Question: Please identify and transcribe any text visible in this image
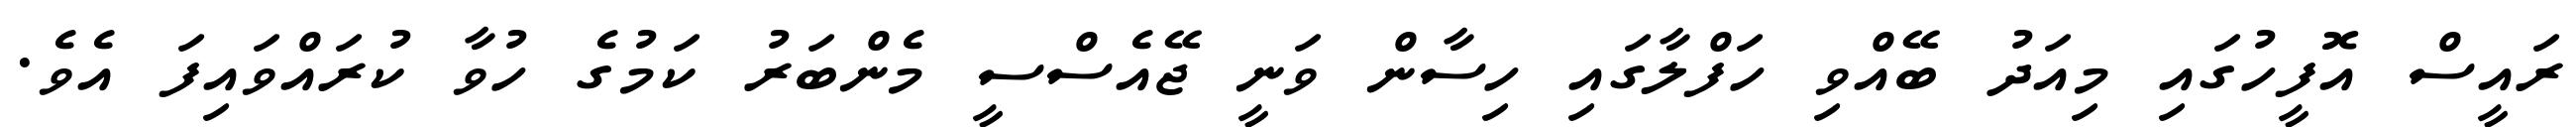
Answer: ރައީސް އޮފީހުގައި މިއަދު ބޭއްވި ހަފްލާގައި ހިސާން ވަނީ ޖޭއެސްސީ މެންބަރު ކަމުގެ ހުވާ ކުރައްވައިފަ އެވެ.